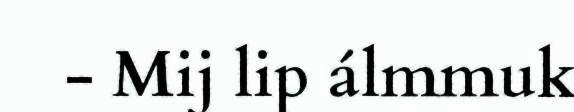
- Mij lip álmmuk